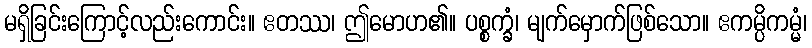
မရှိခြင်းကြောင့်လည်းကောင်း။ ဧတဿ၊ ဤမောဟ၏။ ပစ္စက္ခံ၊ မျက်မှောက်ဖြစ်သော။ ဧကမ္ပိကမ္မံ၊